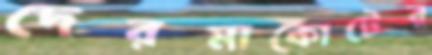
দেরমাকোটের